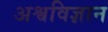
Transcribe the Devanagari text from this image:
अश्वविज्ञान